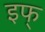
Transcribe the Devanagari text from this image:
इफ्